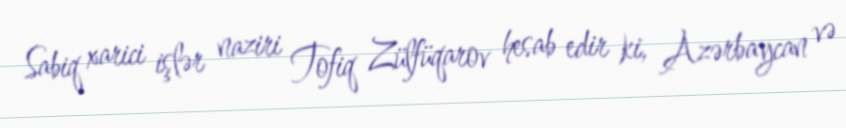
Sabiq xarici işlər naziri Tofiq Zülfüqarov hesab edir ki, Azərbaycan və